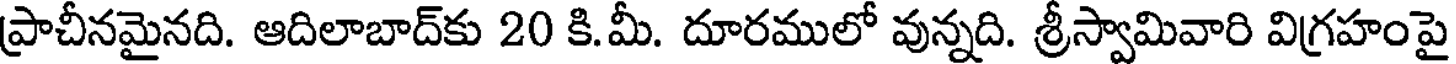
ప్రాచీనమైనది. ఆదిలాబాద్కు 20 కి.మీ. దూరములో వున్నది. శ్రీస్వామివారి విగ్రహంపై